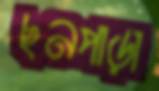
ছনপাড়া